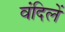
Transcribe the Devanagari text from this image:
वंदिलें